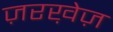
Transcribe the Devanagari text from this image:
ज़रख़ेज़